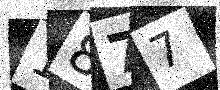
Text: 1877